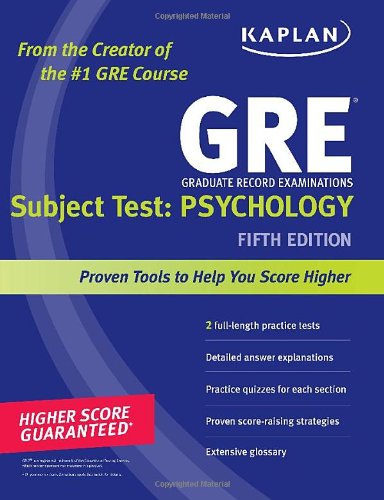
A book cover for GRE Subject Test: Psychology, 5th Edition; Kaplan; Test Preparation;